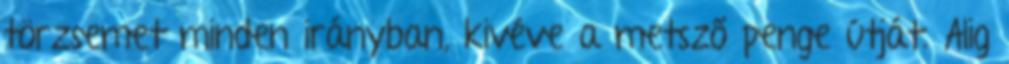
törzsemet minden irányban, kivéve a metsző penge útját. Alig